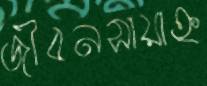
জীবনসায়াহ্ন